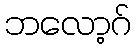
ဘလော့ဂ်